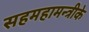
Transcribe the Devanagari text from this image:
सहमहामन्त्रीके